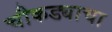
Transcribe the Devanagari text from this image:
चौकड्याचा